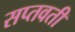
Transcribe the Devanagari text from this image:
सप्तवती